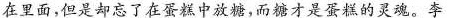
在里面，但是却忘了在蛋糕中放糖，而糖才是蛋糕的灵魂。李